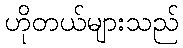
ဟိုတယ်များသည်